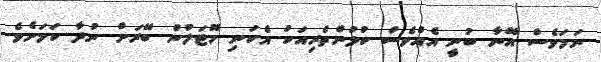
ނަމަވެސް އޭނާ ބުނީ އެއްވެސް ކުޅުންތެރިއަކު އެކަނި ހޮޓަލުން ބޭރަށް ނުދާ ކަމަށެވެ.